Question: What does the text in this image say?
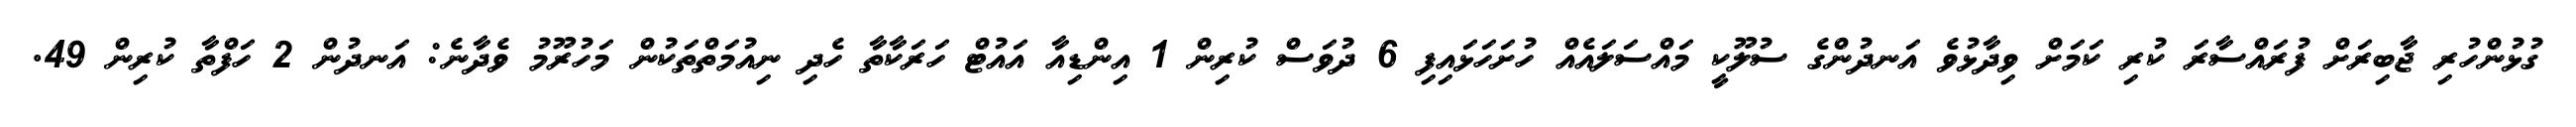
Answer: ގުޅުންހުރި ޖާބިރަށް ފުރައްސާރަ ކުރި ކަމަށް ވިދާޅުވެ އަނދުންގެ ސުލޫކީ މައްސަލައެއް ހުށަހަޅައިފި 6 ދުވަސް ކުރިން 1 އިންޑިއާ އައުޓް ހަރަކާތާ ހެދި ނިއުމަތްތަކުން މަހުރޫމު ވެދާނެ: އަނދުން 2 ހަފްތާ ކުރިން 49.